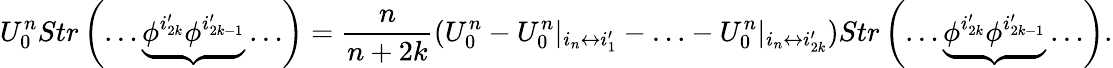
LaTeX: U_{0}^{n}Str\left(\ldots\underbrace{\phi^{i_{2k}^{\prime}}\phi^{i_{2k-1}^{\prime}}}\ldots\right)=\frac{n}{n+2k}(U_{0}^{n}-U_{0}^{n}|_{i_{n}\leftrightarrow i_{1}^{\prime}}-\ldots-U_{0}^{n}|_{i_{n}\leftrightarrow i_{2k}^{\prime}})Str\left(\ldots\underbrace{\phi^{i_{2k}^{\prime}}\phi^{i_{2k-1}^{\prime}}}\ldots\right).